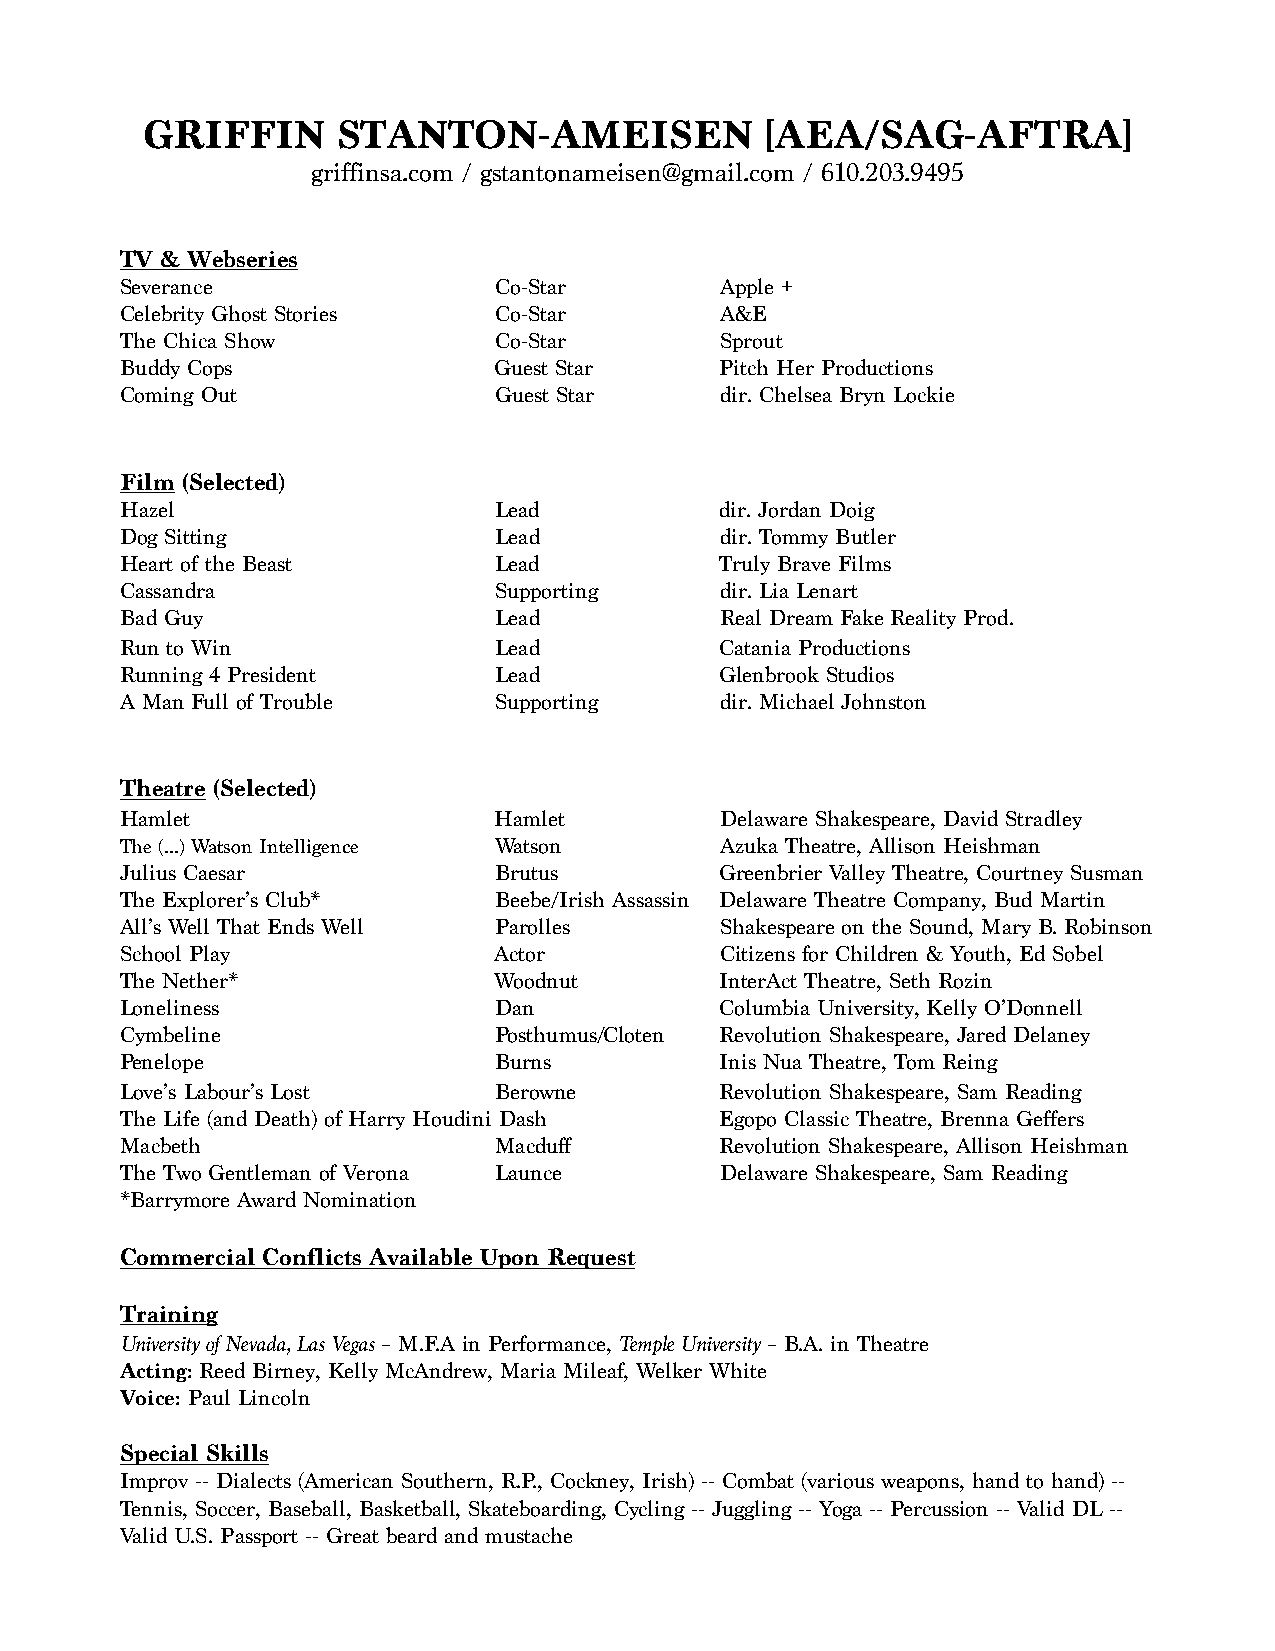
GRIFFIN      STANTON-AMEISEN              [AEA/SAG-AFTRA]
 griffinsa.com / gstantonameisen@gmail.com / 610.203.9495
 TV & Webseries
 Severance                Co-Star        Apple +
 Celebrity Ghost Stories  Co-Star        A&E
 The Chica Show           Co-Star        Sprout
 Buddy Cops               Guest Star     Pitch Her Productions
 Coming Out               Guest Star     dir. Chelsea Bryn Lockie
 Film (Selected)
 Hazel                    Lead           dir. Jordan Doig
 Dog Sitting              Lead           dir. Tommy Butler
 Heart of the Beast       Lead           Truly Brave Films
 Cassandra                Supporting     dir. Lia Lenart
 Bad Guy                  Lead           Real Dream Fake Reality Prod.
 Run to Win               Lead           Catania Productions
 Running 4 President      Lead           Glenbrook Studios
 A Man Full of Trouble    Supporting     dir. Michael Johnston
 Theatre (Selected)
 Hamlet                   Hamlet         Delaware Shakespeare, David Stradley
 The (...) Watson Intelligence Watson    Azuka Theatre, Allison Heishman
 Julius Caesar            Brutus         Greenbrier Valley Theatre, Courtney Susman
 The Explorer’s Club*     Beebe/Irish Assassin Delaware Theatre Company, Bud Martin
 All’s Well That Ends Well Parolles      Shakespeare on the Sound, Mary B. Robinson
 School Play              Actor          Citizens for Children & Youth, Ed Sobel
 The Nether*              Woodnut        InterAct Theatre, Seth Rozin
 Loneliness               Dan            Columbia University, Kelly O’Donnell
 Cymbeline                Posthumus/Cloten Revolution Shakespeare, Jared Delaney
 Penelope                 Burns          Inis Nua Theatre, Tom Reing
 Love’s Labour’s Lost     Berowne        Revolution Shakespeare, Sam Reading
 The Life (and Death) of Harry Houdini Dash Egopo Classic Theatre, Brenna Geffers
 Macbeth                  Macduff        Revolution Shakespeare, Allison Heishman
 The Two Gentleman of Verona Launce      Delaware Shakespeare, Sam Reading
 *Barrymore Award Nomination
 Commercial Conflicts Available Upon Request
 Training
 University of Nevada, Las Vegas – M.F.A in Performance, Temple University – B.A. in Theatre
 Acting: Reed Birney, Kelly McAndrew, Maria Mileaf, Welker White
 Voice: Paul Lincoln
 Special Skills
 Improv -- Dialects (American Southern, R.P., Cockney, Irish) -- Combat (various weapons, hand to hand) --
 Tennis, Soccer, Baseball, Basketball, Skateboarding, Cycling -- Juggling -- Yoga -- Percussion -- Valid DL --
 Valid U.S. Passport -- Great beard and mustache